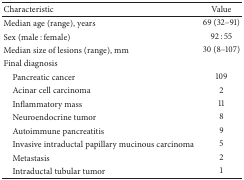
<table><thead><tr><td><b>Characteristic</b></td><td><b>Value</b></td></tr></thead><tbody><tr><td>Median age (range), years</td><td>69 (32–91)</td></tr><tr><td>Sex (male : female)</td><td>92 : 55</td></tr><tr><td>Median size of lesions (range), mm</td><td>30 (8–107)</td></tr><tr><td>Final diagnosis</td><td> </td></tr><tr><td> Pancreatic cancer</td><td>109</td></tr><tr><td> Acinar cell carcinoma</td><td>2</td></tr><tr><td> Inflammatory mass</td><td>11</td></tr><tr><td> Neuroendocrine tumor</td><td>8</td></tr><tr><td> Autoimmune pancreatitis</td><td>9</td></tr><tr><td> Invasive intraductal papillary mucinous carcinoma</td><td>5</td></tr><tr><td> Metastasis</td><td>2</td></tr><tr><td> Intraductal tubular tumor</td><td>1</td></tr></tbody></table>